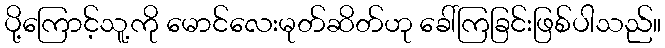
ပို့ကြောင့်သူ့ကို မောင်လေးမုတ်ဆိတ်ဟု ခေါ်ကြခြင်းဖြစ်ပါသည်။